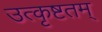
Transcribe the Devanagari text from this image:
उत्कृष्टतम्